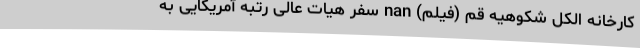
کارخانه الکل شکوهیه قم (فیلم) nan سفر هیات عالی رتبه آمریکایی به